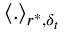
\langle . \rangle _ { r ^ { * } , \delta _ { t } }